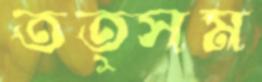
তত্সম